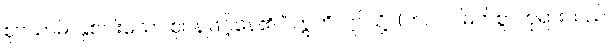
ဈာယာမိ၊ နှစ်ပါးသော ဈာန်ဖြင့်နေ၏။” ဣတိ၊ ဤသို့။ (ဘဂဝါ၊ မြတ်စွာဘုရားသည်။